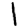
Digit: 1